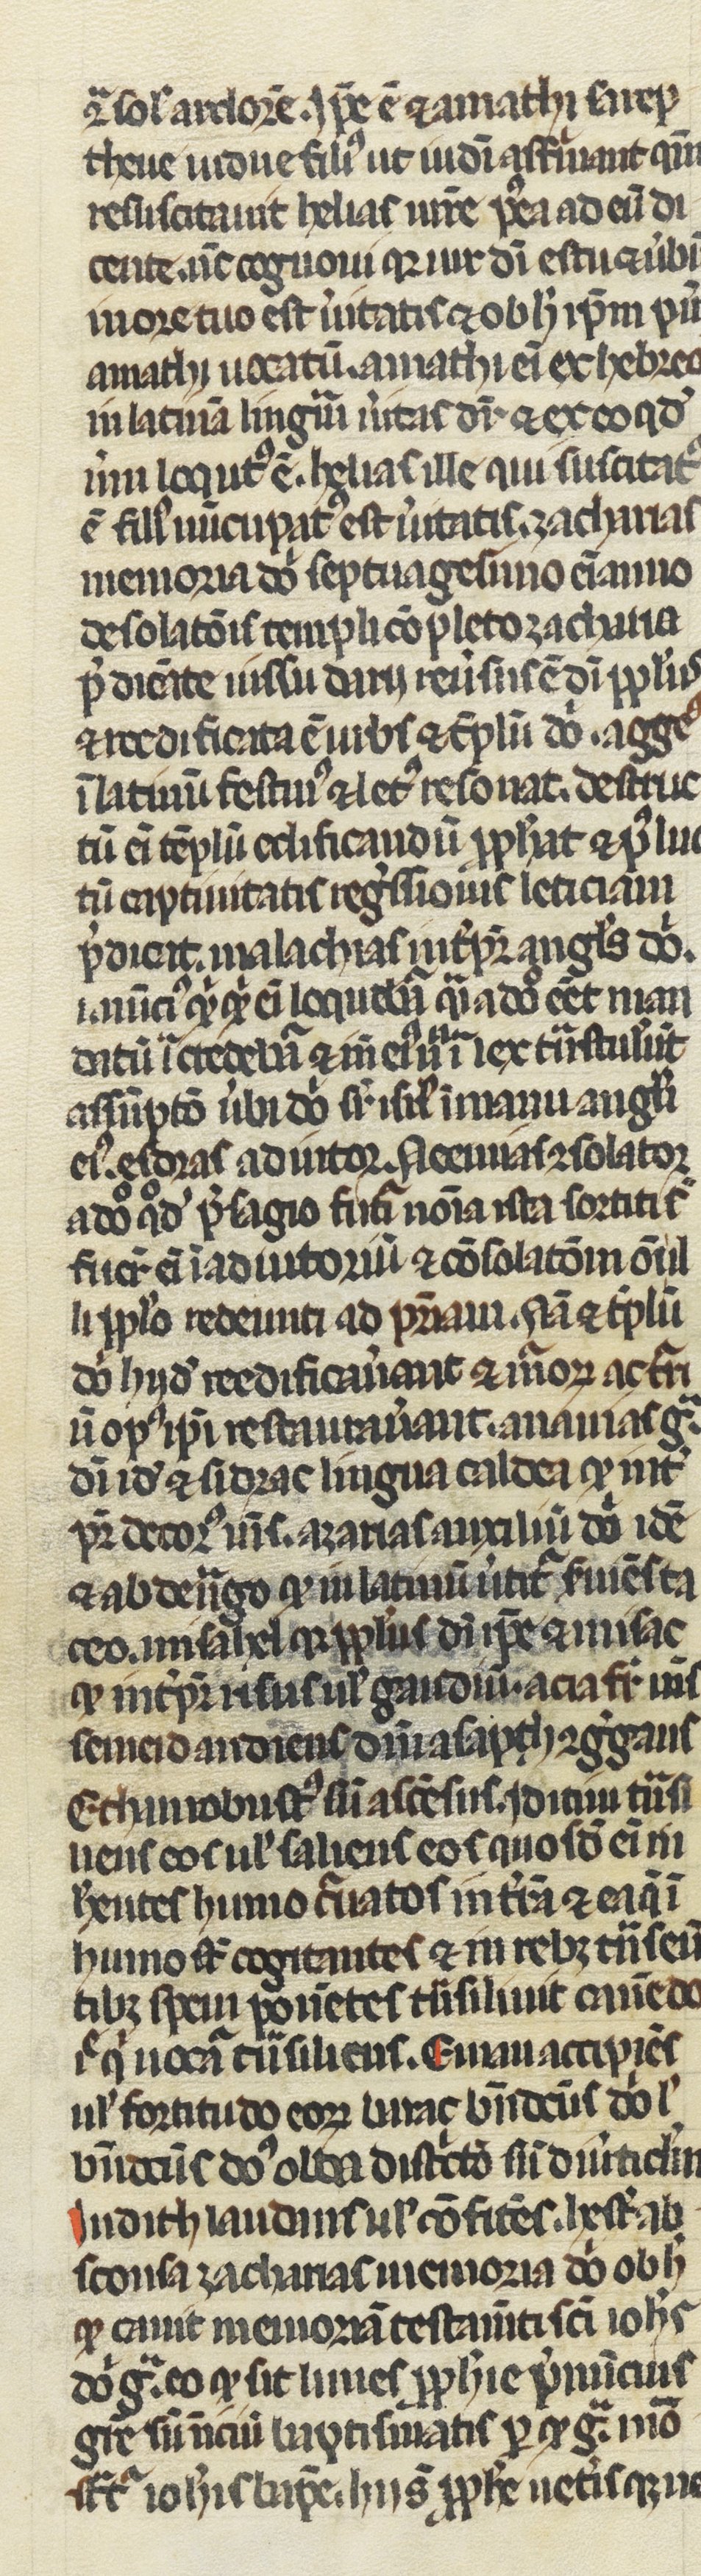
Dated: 1250–1299